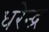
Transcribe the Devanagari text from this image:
धरेन्द्र